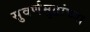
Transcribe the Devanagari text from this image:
सुवर्णमुद्रांच्या